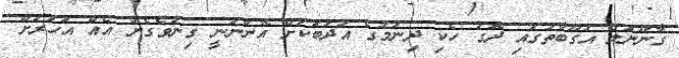
ގާނޫނުލް އުގޫބާތުގައި ދޮގު ހެކި ދިނުމުގެ އަދަބަކަށް އޮންނަނީ ގިނަވެގެން އެއް އަހަރަށް